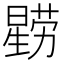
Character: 𭧻